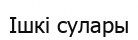
Iшкі сулары